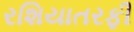
રશિયાતરફી